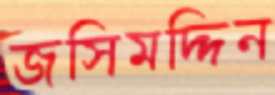
জসিমদ্দিন